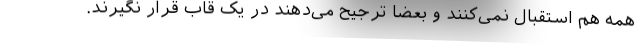
همه هم استقبال نمی‌کنند و بعضا ترجیح می‌دهند در یک قاب قرار نگیرند.